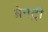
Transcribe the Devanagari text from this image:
ब्रेनट्री